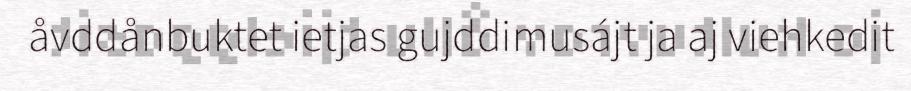
åvddånbuktet ietjas gujddimusájt ja aj viehkedit